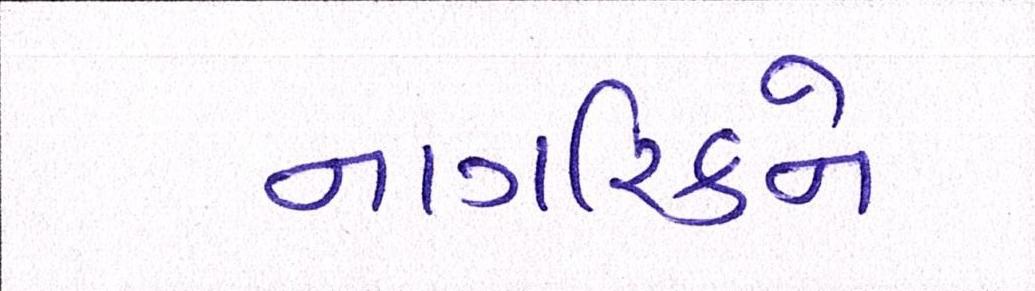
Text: નાગરિકને